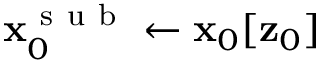
\mathbf { x } _ { 0 } ^ { \mathrm { ~ s ~ u ~ b ~ } } \gets \mathbf { x } _ { 0 } [ \mathbf { z } _ { 0 } ]